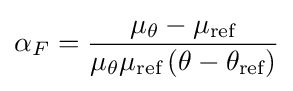
\alpha _{F}={\frac {\mu _{\theta }-\mu _{\text{ref}}}{\mu _{\theta }\mu _{\text{ref}}\left(\theta -\theta _{\text{ref}}\right)}}